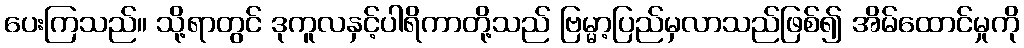
ပေးကြသည်။ သို့ရာတွင် ဒုကူလနှင့်ပါရိကာတို့သည် ဗြမ္မာ့ပြည်မှလာသည်ဖြစ်၍ အိမ်ထောင်မှုကို